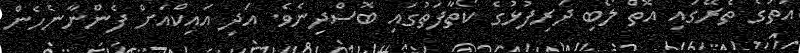
އަތުގެ ތެރޭގައި އޮތް ލޯބި ދަރިފުޅުގެ ކޯތާފަތުގައި ބޮސްދިނެވެ. އަދި އައިކްއަށް ފެންނާނެހެން